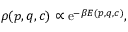
\rho ( p , q , c ) \propto \mathrm { e } ^ { - \beta E ( p , q , c ) } ,